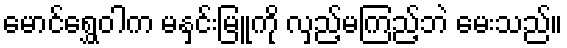
မောင်ရွှေဝါက မနှင်းမြူကို လှည့်မကြည့်ဘဲ မေးသည်။